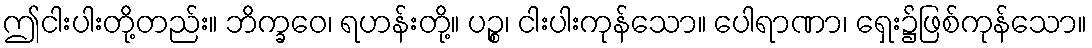
ဤငါးပါးတို့တည်း။ ဘိက္ခဝေ၊ ရဟန်းတို့။ ပဉ္စ၊ ငါးပါးကုန်သော။ ပေါရာဏာ၊ ရှေး၌ဖြစ်ကုန်သော။